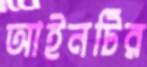
আইনটির